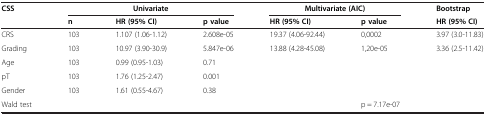
<table><thead><tr><td><b>CSS</b></td><td colspan="2"><b>Univariate</b></td><td colspan="3"><b>Multivariate (AIC)</b></td><td><b>Bootstrap</b></td></tr><tr><td>[EMPTY_CELL]</td><td><b>n</b></td><td><b>HR (95% CI)</b></td><td><b>p value</b></td><td><b>HR (95% CI)</b></td><td><b>p value</b></td><td><b>HR (95% CI)</b></td></tr></thead><tbody><tr><td>CRS</td><td>103</td><td>1.107 (1.06-1.12)</td><td>2.608e-05</td><td>19.37 (4.06-92.44)</td><td>0,0002</td><td>3.97 (3.0-11.83)</td></tr><tr><td>Grading</td><td>103</td><td>10.97 (3.90-30.9)</td><td>5.847e-06</td><td>13.88 (4.28-45.08)</td><td>1,20e-05</td><td>3.36 (2.5-11.42)</td></tr><tr><td>Age</td><td>103</td><td>0.99 (0.95-1.03)</td><td>0.71</td><td>[EMPTY_CELL]</td><td>[EMPTY_CELL]</td><td>[EMPTY_CELL]</td></tr><tr><td>pT</td><td>103</td><td>1.76 (1.25-2.47)</td><td>0.001</td><td>[EMPTY_CELL]</td><td>[EMPTY_CELL]</td><td>[EMPTY_CELL]</td></tr><tr><td>Gender</td><td>103</td><td>1.61 (0.55-4.67)</td><td>0.38</td><td>[EMPTY_CELL]</td><td>[EMPTY_CELL]</td><td>[EMPTY_CELL]</td></tr><tr><td>Wald test</td><td>[EMPTY_CELL]</td><td>[EMPTY_CELL]</td><td>[EMPTY_CELL]</td><td>[EMPTY_CELL]</td><td>p = 7.17e-07</td><td>[EMPTY_CELL]</td></tr></tbody></table>